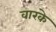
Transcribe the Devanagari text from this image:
वारके